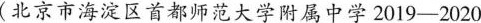
(北京市海淀区首都师范大学附属中学 2019-2020